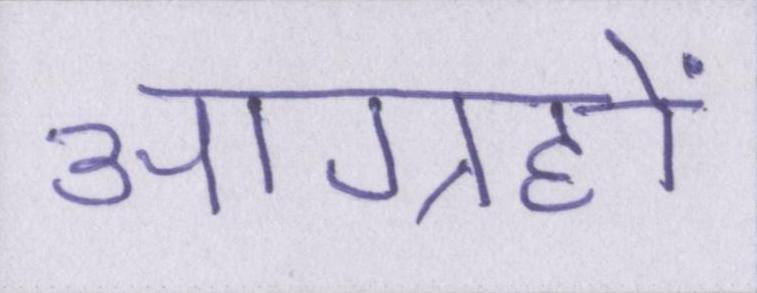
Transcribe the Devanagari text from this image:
आग्रहों